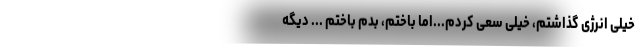
خیلی انرژی ‌گذاشتم، خیلی سعی کردم...اما باختم، بدم باختم ... دیگه